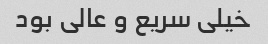
خیلى سریع و عالى بود